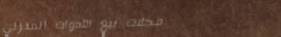
محلات بيع الأدوات المنزلي